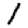
Digit: 1